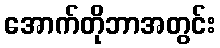
အောက်တိုဘာအတွင်း